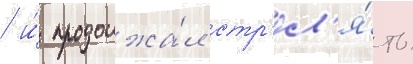
 и́ продолжа́л стр'ел'я́ть